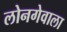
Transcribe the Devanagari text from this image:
लोनगेवाला